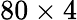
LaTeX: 80\times 4